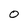
Character: 0